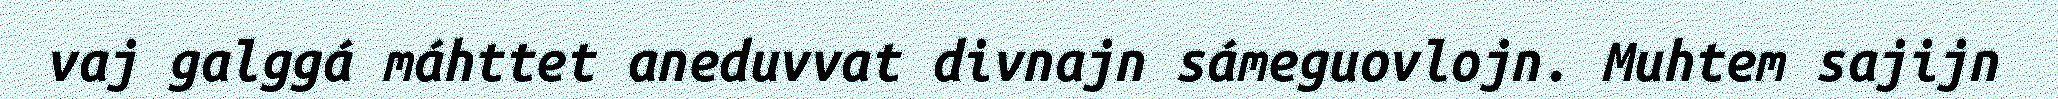
vaj galggá máhttet aneduvvat divnajn sámeguovlojn. Muhtem sajijn